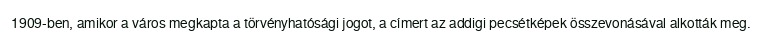
1909-ben, amikor a város megkapta a törvényhatósági jogot, a címert az addigi pecsétképek összevonásával alkották meg.